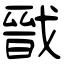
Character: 戩